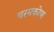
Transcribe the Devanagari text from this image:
चरमकोण